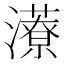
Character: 𱪁